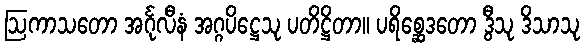
ဩကာသတော အင်္ဂုလီနံ အဂ္ဂပိဋ္ဌေသု ပတိဋ္ဌိတာ။ ပရိစ္ဆေဒတော ဒွီသု ဒိသာသု